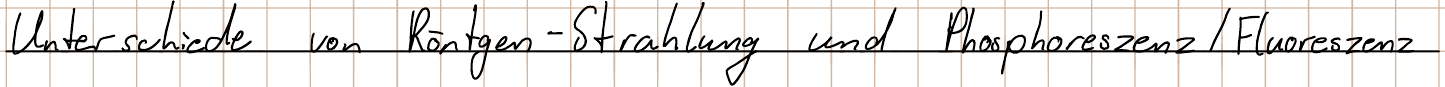
Unterschiede von Röntgen - Strahlung und Phosphoreszenz / Fluoreszenz